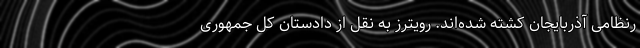
رنظامی آذربایجان کشته شده‌اند. رویترز به نقل از دادستان کل جمهوری